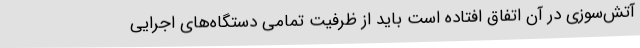
آتش‌سوزی در آن اتفاق افتاده است باید از ظرفیت تمامی دستگاه‌های اجرایی